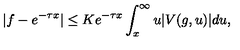
| f - e ^ { - \tau x } | \leq K e ^ { - \tau x } \int _ { x } ^ { \infty } u | V ( g , u ) | d u ,